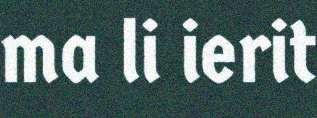
ma li ierit